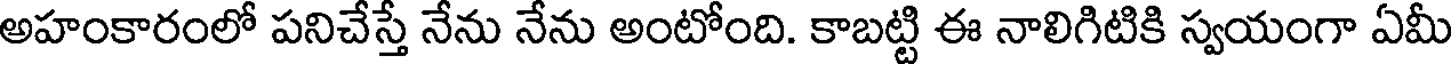
అహంకారంలో పనిచేస్తే నేను నేను అంటోంది. కాబట్టి ఈ నాలిగిటికి స్వయంగా ఏమీ